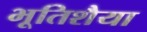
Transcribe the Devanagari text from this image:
भूतिशैया